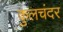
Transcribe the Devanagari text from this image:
कुलचंदर